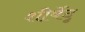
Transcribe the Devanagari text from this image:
शीर्षेंदू